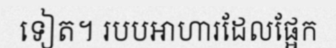
ទៀត។ របបអាហារដែលផ្អែក